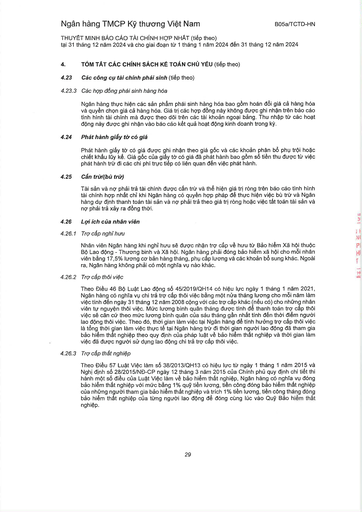
|4.|TÓM TẮT CÁC CHÍNH SÁCH KẾ TOÁN CHỦ YẾU (tiếp theo)| |---|---| |4.23|Các công cụ tài chính phái sinh (tiếp theo)| |4.23.3|Các hợp đồng phái sinh hàng hóa| ||Ngân hàng thực hiện các sản phẩm phái sinh hàng hóa bao gồm hoán đổi giá cả hàng hóa và quyền chọn giá cả hàng hóa. Giá trị các hợp đồng này không được ghi nhận trên báo cáo tình hình tài chính mà được theo dõi trên các tài khoản ngoài bảng. Thu nhập từ các hoạt động này được ghi nhận vào báo cáo kết quả hoạt động kinh doanh trong kỳ.| |4.24|Phát hành giấy tờ có giá| ||Phát hành giấy tờ có giá được ghi nhận theo giá gốc và các khoản phân bổ phụ trội hoặc chiết khấu lũy kế. Giá gốc của giấy tờ có giá đã phát hành bao gồm số tiền thu được từ việc phát hành trừ đi các chi phí trực tiếp có liên quan đến việc phát hành.| |4.25|Cấn trừ| ||Tài sản và nợ phải trả tài chính được cấn trừ và thể hiện giá trị ròng trên báo cáo tình hình tài chính hợp nhất chỉ khi Ngân hàng có quyền hợp pháp để thực hiện việc bù trừ và Ngân hàng dự định thanh toán tài sản và nợ phải trả theo giá trị ròng hoặc việc tất toán tài sản và nợ phải trả xảy ra đồng thời.| |4.26|Lợi ích của nhân viên| |4.26.1|Trợ cấp nghỉ hưu| ||Nhân viên Ngân hàng khi nghỉ hưu sẽ được nhận trợ cấp về hưu từ Bảo hiểm Xã hội thuộc Bộ Lao động Thương binh và Xã hội. Ngân hàng phải đóng bảo hiểm xã hội cho mỗi nhân viên bằng 17,5% lương cơ bản hàng tháng, phụ cấp lương và các khoản bổ sung khác. Ngoài ra, Ngân hàng không phải có nghĩa vụ nào khác.| |4.26.2|Trợ cấp thôi việc| ||Theo Điều 46 Bộ Luật Lao động số 45/2019/QH14 có hiệu lực ngày 1 tháng 1 năm 2021, Ngân hàng có nghĩa vụ chi trả trợ cấp thôi việc bằng một nửa tháng lương cho mỗi năm làm việc tính đến ngày 31 tháng 12 năm 2008 cộng với các trợ cấp khác (nếu có) cho những nhân viên tự nguyện thôi việc. Mức lương bình quân tháng được tính để thanh toán trợ cấp thôi việc sẽ căn cứ theo mức lương bình quân của sáu tháng gần nhất tính đến thời điểm người lao động thôi việc. Theo đó, thời gian làm việc tại Ngân hàng để tính hưởng trợ cấp thôi việc là tổng thời gian làm việc thực tế tại Ngân hàng trừ đi thời gian người lao động đã tham gia bảo hiểm thất nghiệp theo quy định của pháp luật về bảo hiểm thất nghiệp và thời gian làm việc đã được người sử dụng lao động chi trả trợ cấp thôi việc.| |4.26.3|Trợ cấp thất nghiệp| ||Theo Điều 57 Luật Việc làm số 38/2013/QH13 có hiệu lực từ ngày 1 tháng 1 năm 2015 và Nghị định số 28/2015/NĐ-CP ngày 12 tháng 3 năm 2015 của Chính phủ quy định chi tiết thi hành một số điều của Luật Việc làm về bảo hiểm thất nghiệp, Ngân hàng có nghĩa vụ đóng bảo hiểm thất nghiệp với mức bằng 1% quỹ tiền lương, tiền công đóng bảo hiểm thất nghiệp của những người tham gia bảo hiểm thất nghiệp và trích 1% tiền lương, tiền công tháng đóng bảo hiểm thất nghiệp của từng người lao động để đóng cùng lúc vào Quỹ Bảo hiểm thất nghiệp.|